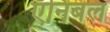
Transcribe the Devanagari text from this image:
ऍनिबल